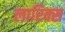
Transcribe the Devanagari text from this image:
लारिक्स